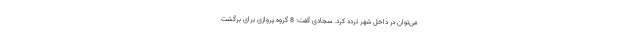
می‌توان در داخل شهر تردد کرد. سجادی گفت: 8 گروه پروازی برای برگشت